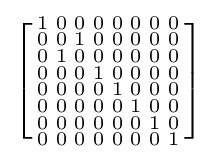
\left[{\begin{smallmatrix}1&0&0&0&0&0&0&0\\0&0&1&0&0&0&0&0\\0&1&0&0&0&0&0&0\\0&0&0&1&0&0&0&0\\0&0&0&0&1&0&0&0\\0&0&0&0&0&1&0&0\\0&0&0&0&0&0&1&0\\0&0&0&0&0&0&0&1\end{smallmatrix}}\right]